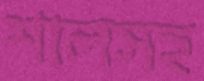
শালসহ